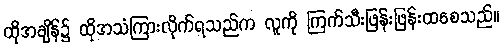
ထိုအချိန်၌ ထိုအသံကြားလိုက်ရသည်က လူကို ကြက်သီးဖြန်းဖြန်းထစေသည်။